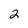
Character: 2